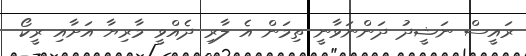
ރައީސް ނަޝީދު ދަންނަވާނީ ތިމަން އެ ލާރި ދެއްވީ މާރިޔާ އަށާއި ރީކޯ